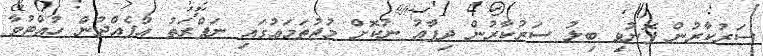
ސަރުކާރުން ފޮނުވި ބިލު ސަރުކާރުން ދިފާއު ނުކޮށް މުޖުތަމަޢުގައި ނަފްރަތު އުފެއްދުން ހުއްޓުވާ